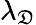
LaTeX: \lambda_{\mathfrak{D}}